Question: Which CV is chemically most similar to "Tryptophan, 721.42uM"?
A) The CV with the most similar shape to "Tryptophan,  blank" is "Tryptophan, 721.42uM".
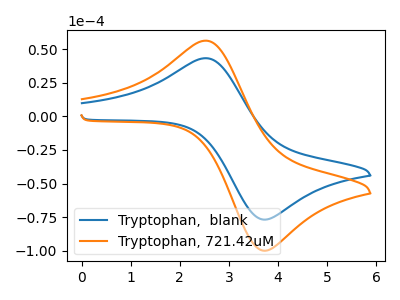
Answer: <think>The blue curve "Tryptophan,  blank" has an anodic peak at (2.55V, 43.25uA) and a cathodic peak at (3.65V, -76.55uA). The orange curve "Tryptophan, 721.42uM" has an anodic peak at (2.55V, 56.30uA) and a cathodic peak at (3.65V, -99.60uA).
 All the peaks in "Tryptophan,  blank" have a peak in "Tryptophan, 721.42uM" at the same potential. Every peak in "Tryptophan,  blank" is lower than every peak in "Tryptophan, 721.42uM".</think>
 <answer>A) The CV with the most similar shape to "Tryptophan,  blank" is "Tryptophan, 721.42uM".</answer>
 <eval>A</eval>